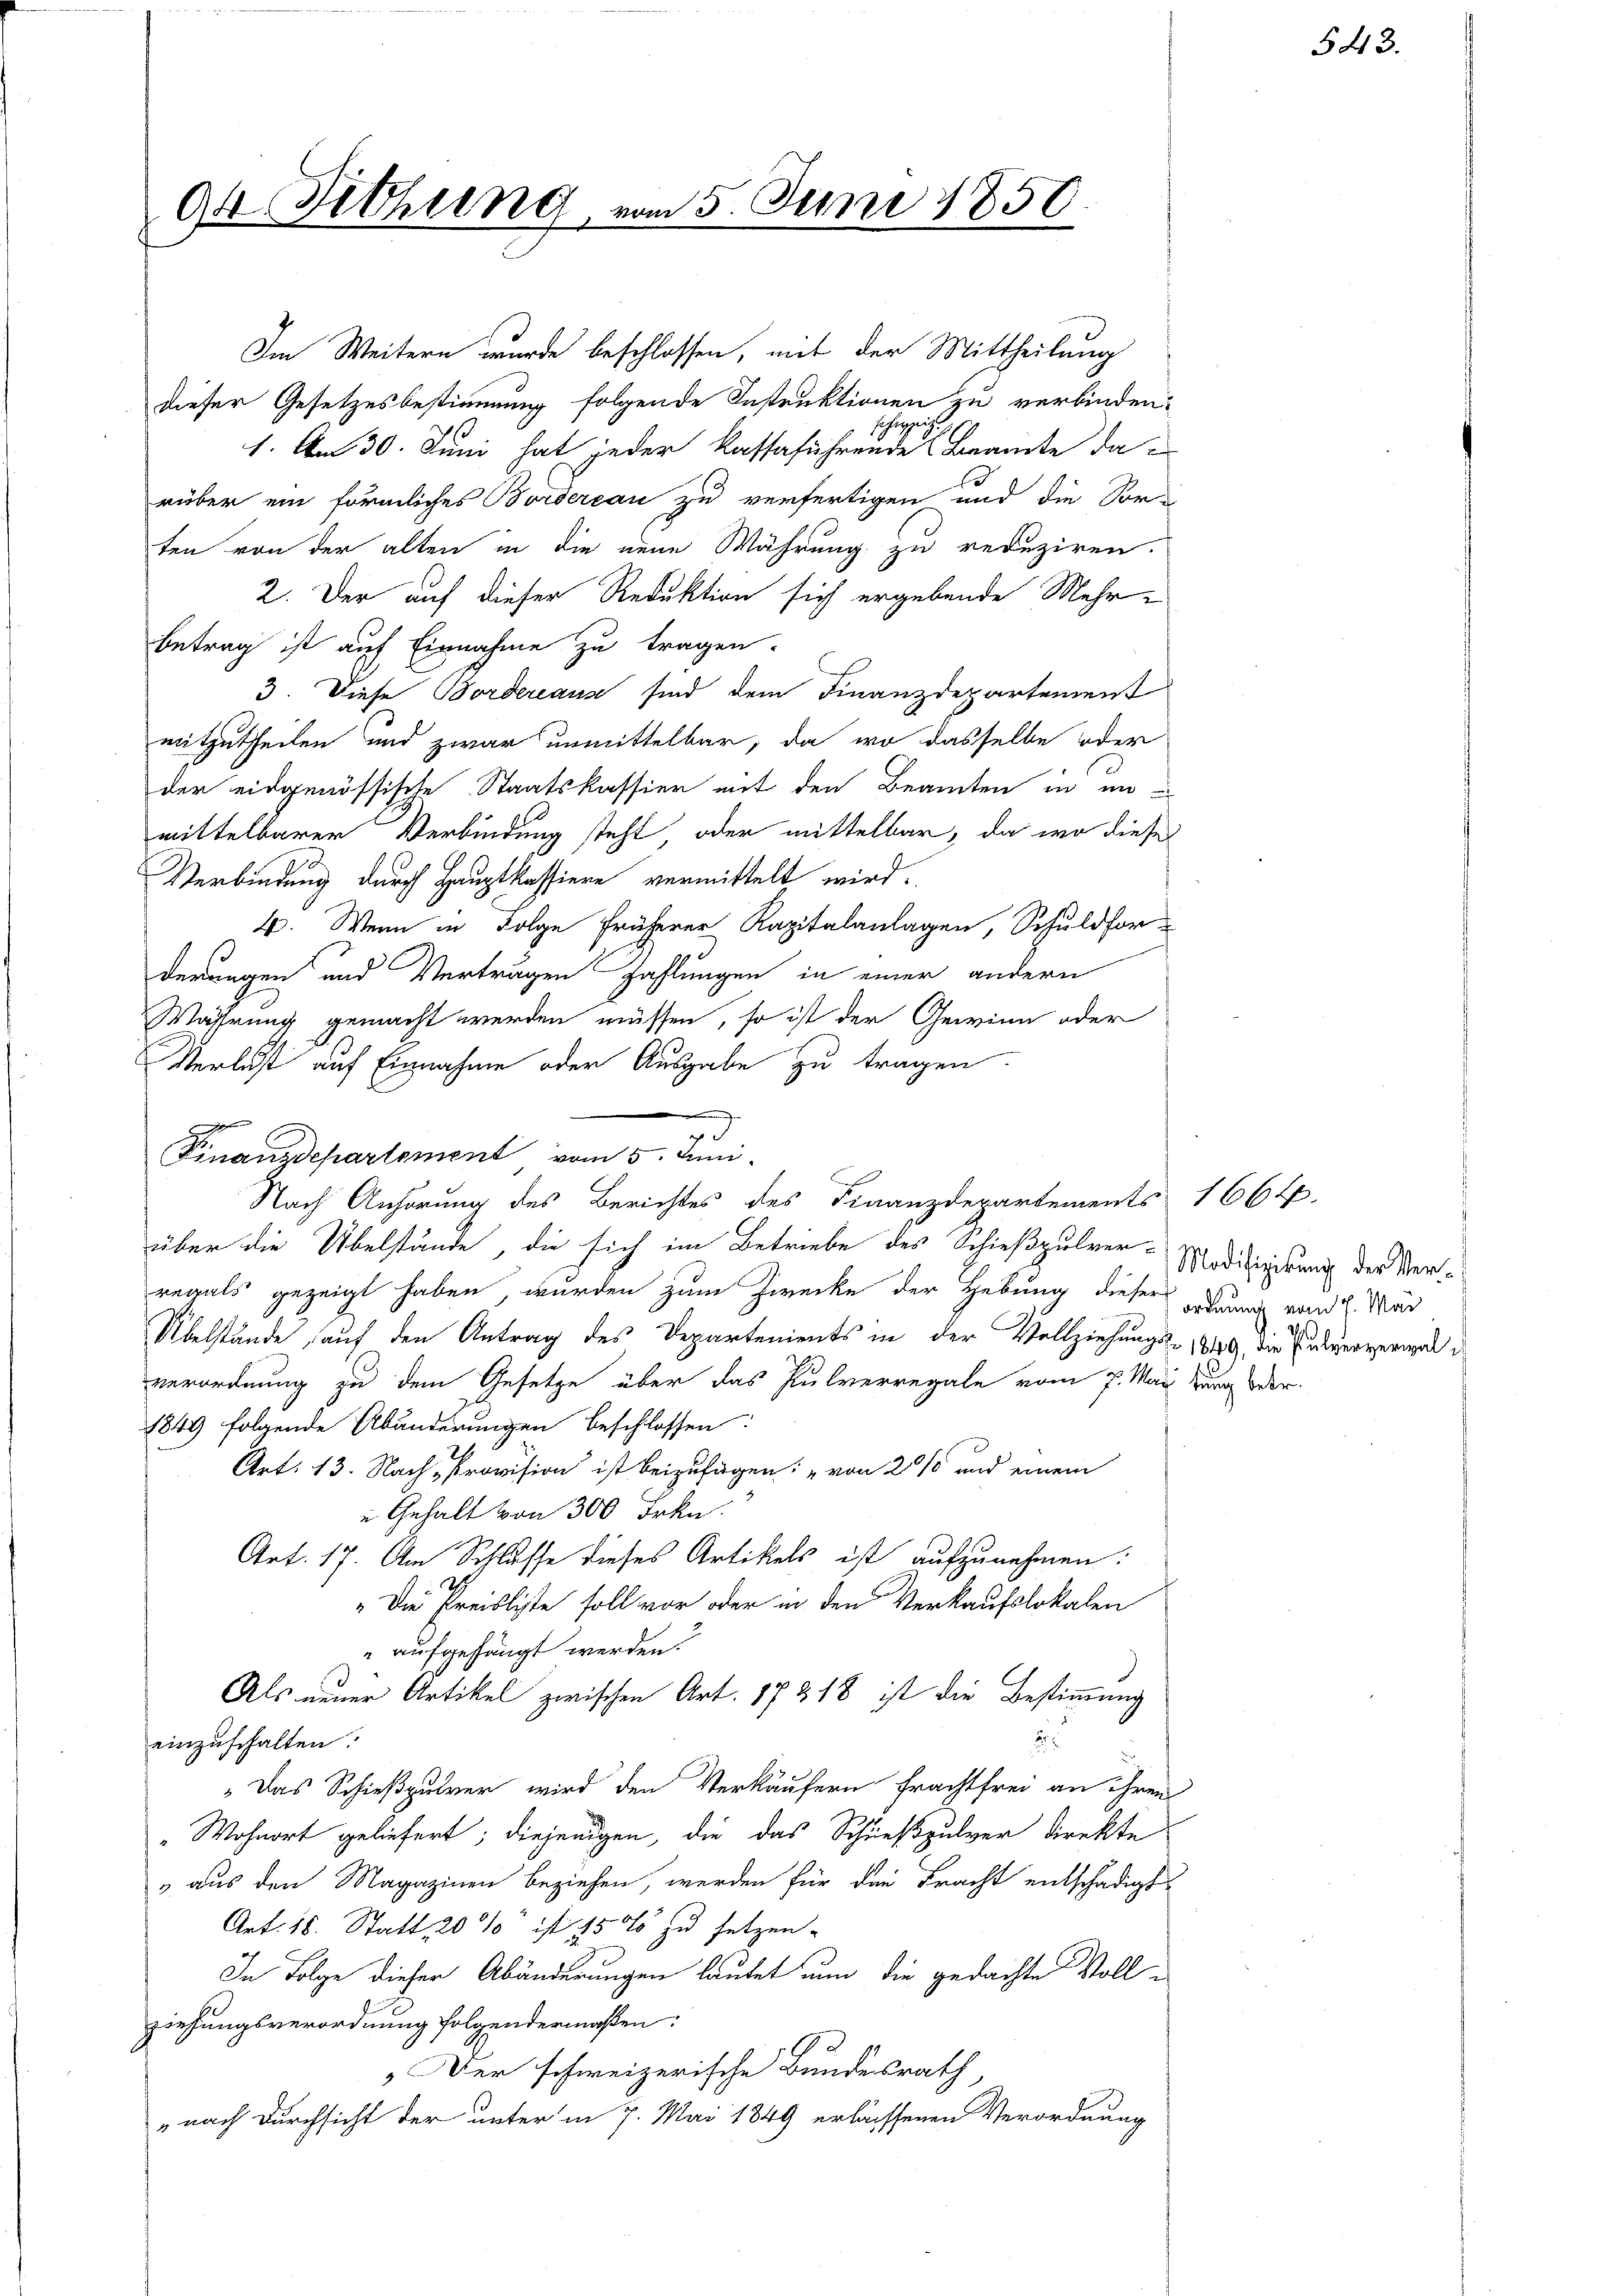
dr Sitzung, un

Im Weitern wurde beschlossen, mit der Mittheilung
dieser Gesetzesbestimmung folgende Instruktionen zu verbinden,
zu
S
1. Am 30. Juni hat jeder Kassaführende Beamte darüber ein förmliches Bordereau zu verfertigen und die Sor-
ten von der alten in die neue Währung zu reduziren.
2. Der auf dieser Reduktion sich ergebende Mehr-
betrag ist auf Einnahme zu tragen.
3. Diese Bordereaus sind dem Finanzdepartement
mitzutheilen und zwar unmittelbar, da wo dasselbe oder
der eidgenössische Staatskassier mit den Beamten in in
mittelbarer Verbindung steht, oder mittelbar, da wo diese
Verbindung durch Hauptkassiere vermittelt wird.
4. Wenn in Folge früherer Kapitalanlagen, Schuldforderungen und Verträgen Zahlungen in einer andern
Mahhrung gemacht werden müssen, so ist der Gewinn oder
Verlust auf Einnahme oder Ausgabe zu tragen.
2
Finanzdepartement vom 5. Juni
über die Übelstände, die sich im Betriebe des Schießpulver-Modifizierung der Verregals gezeigt haben, wurden zum Zwecke der Hebung dieser wir von Mar
Übelstände auf den Antrag des Departements in der Vollziehungs- 1849, die Pulververwal
verordnung zu dem Gesetze über das Pulverregale vom 7. May lung der
1849 folgende Abänderungen beschlossen:
Art. 13. Nach Provision ist beizufügen: „von 2 % und einem
 Gehalt von 300 Frkn.
Art. 17. Am Schlusse dieses Artikels ist aufzunehmen:
„Die Preisliste soll vor oder in den Verkaufslokalen
" aufgehängt werden.
Als neuer Artikel zwischen Art. 17 § 18 ist die Bestimmung
einzuschalten.
2
„Das Schießpulver wird den Verkäufern Frachtfrei an ihren
„Wohnort geliefert; diejenigen, die das Schießpulver direkte
„aus den Magazinen beziehen, werden für die Fracht entschädigt,
Art. 18. Statt, 20% ist 15 % zu setzen.
In Folge dieser Abänderungen lautet nun die gedachte Vollziehungsverordnung folgendermaßen:
Der schweizerische Bundesrath
" nach Durchsicht der unter in 7. Mai 1849 erlachsenen Verordnung

m 5. Juni 1850.

|

.
Nach Anhörung des Berichtes des Finanzdepartements 166 ff.

543.